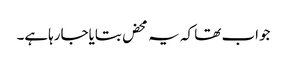
جواب تھا کہ یہ محض بتایاجارہاہے۔